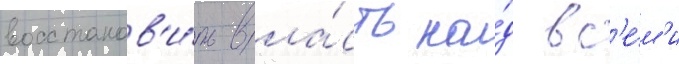
восстанов'и́ть вла́сть на́д вс'е́м'и